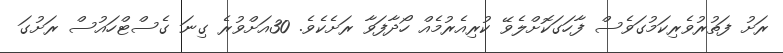
ރަށު ފަތުރުވެރިކަމުގަވެސް ފާހަގަކޮށްލެވޭ ކުރިއެރުމެއް ހޯދާފަވާ ރަށެކެވެ. 30އަށްވުރެ ގިނަ ގެސްޓްހައުސް ރަށުގަ